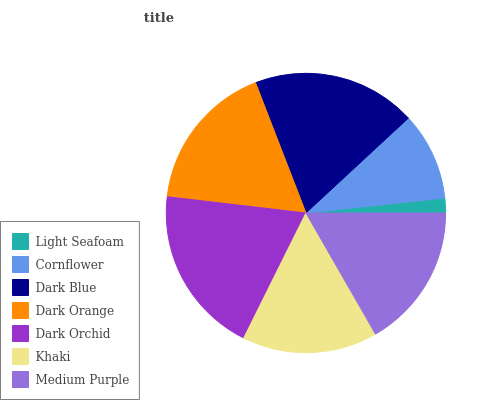
| Light Seafoam | Cornflower | Dark Blue | Dark Orange | Dark Orchid | Khaki | Medium Purple |
 | --- | --- | --- | --- | --- | --- | --- |
 | 1.72% | 10.2% | 18.9% | 17.3% | 19.6% | 15.6% | 16.7% |